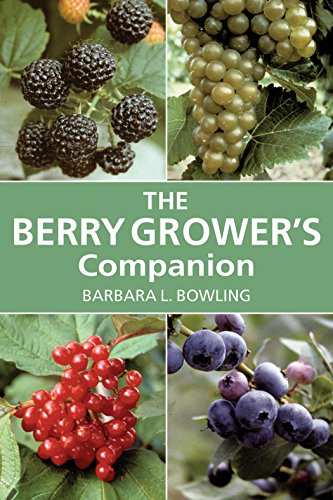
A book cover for Berry Grower's Companion; Barbara L. Bowling; Crafts, Hobbies & Home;